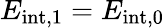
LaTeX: E_{\mathrm{{int},1}}=E_{\mathrm{{int},0}}